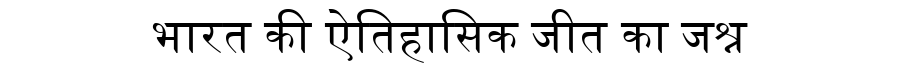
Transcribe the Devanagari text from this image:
भारत की ऐतिहासिक जीत का जश्न